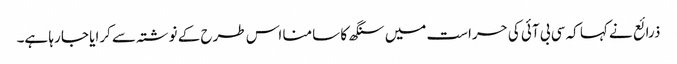
ذرائع نے کہا کہ سی بی آئی کی حراست میں سنگھ کا سامنا اس طرح کے نوشتہ سے کرایا جا رہا ہے۔